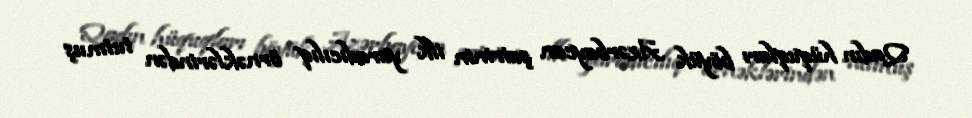
Qadın hüquqları böyük Azərbaycan şairinin ilk yaradıcılıq örnəklərindən tutmuş